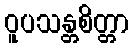
ဝူပသန္တစိတ္တာ